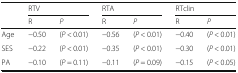
| <ROWSPAN=2>  | <COLSPAN=2> RTV | <COLSPAN=2> RTA | <COLSPAN=2> RTclin |
 | R | P | R | P | R | P |
 | --- | --- | --- | --- | --- | --- | --- |
 | Age | −0.50 | (P < 0.01) | −0.56 | (P < 0.01) | −0.40 | (P < 0.01) |
 | SES | −0.22 | (P < 0.01) | −0.35 | (P < 0.01) | −0.30 | (P < 0.01) |
 | PA | −0.10 | (P = 0.11) | −0.11 | (P = 0.09) | −0.15 | (P < 0.05) |